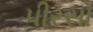
પીરસો